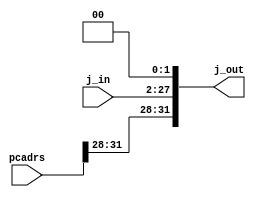
module jump (j_in,pcadrs,j_out);
  input [25:0] j_in;
  input [31:0] pcadrs;
  output [31:0] j_out;
  
  wire [27:0] j_mid;
  wire [27:0] j_mid2;
  
  assign j_mid = {{2{j_in[25]}}, j_in};
  assign j_mid2 = j_mid << 2;
  assign j_out = {{pcadrs[31],pcadrs[30],pcadrs[29],pcadrs[28]}, j_mid2};
  
endmodule